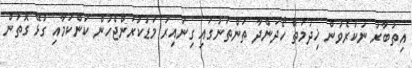
އިތުބާރު ނުކުރެވުން ޚިދުމަތް ހޯދަންދާ ތަންތަނުގައި ގިނައިރު މަޑުކުރަންޖެހުން ކަންކަމާއި ގުޅޭ ގޮތުން